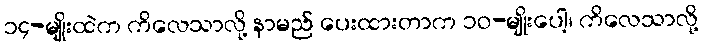
၁၄-မျိုးထဲက ကိလေသာလို့ နာမည် ပေးထားတာက ၁၀-မျိုးပေါ့၊ ကိလေသာလို့